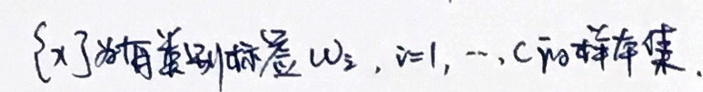
$\{x\}$为有类别标签$\omega_i,i = 1,\cdots,C$的样本集.